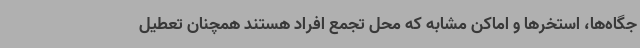
جگاه‌ها، استخرها و اماکن مشابه که محل تجمع افراد هستند همچنان تعطیل